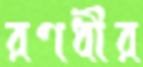
রণধীর